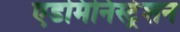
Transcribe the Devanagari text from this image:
एडमिनिस्ट्रेशन